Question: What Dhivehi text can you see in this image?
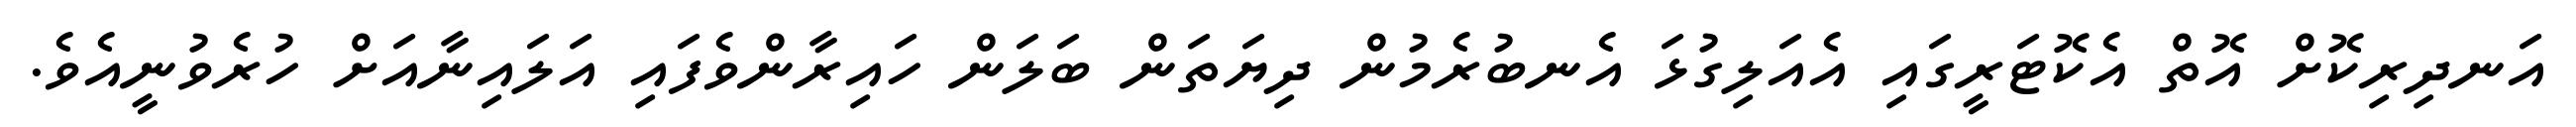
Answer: އަނދިރިކޮށް އޮތް އެކޮޓަރީގައި އެއަލިގުޅަ އެނބުރެމުން ދިޔަތަން ބަލަން ހައިރާންވެފައި އަލައިނާއަށް ހުރެވުނީއެވެ.